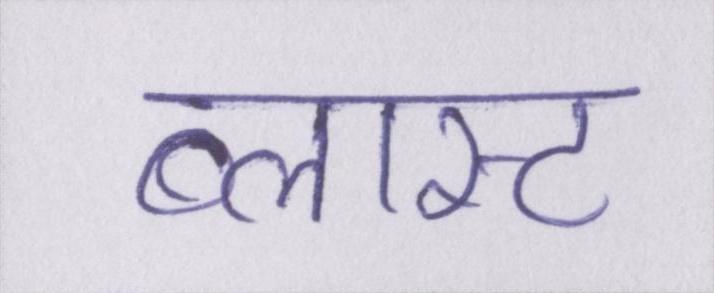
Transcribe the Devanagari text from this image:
ब्लास्ट